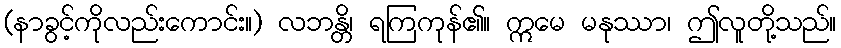
(နာခွင့်ကိုလည်းကောင်း။) လဘန္တိ၊ ရကြကုန်၏။ ဣမေ မနုဿာ၊ ဤလူတို့သည်။